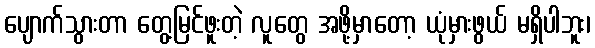
ပျောက်သွားတာ တွေ့မြင်ဖူးတဲ့ လူတွေ အဖို့မှာတော့ ယုံမှားဖွယ် မရှိပါဘူး၊